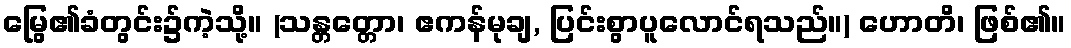
မြွေ၏ခံတွင်း၌ကဲ့သို့။ (သန္တတ္တော၊ ဧကန်မုချ, ပြင်းစွာပူလောင်ရသည်။) ဟောတိ၊ ဖြစ်၏။